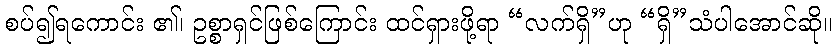
စပ်၍ရကောင်း ၏၊ ဥစ္စာရှင်ဖြစ်ကြောင်း ထင်ရှားဖို့ရာ “လက်ရှိ”ဟု “ရှိ”သံပါအောင်ဆို။